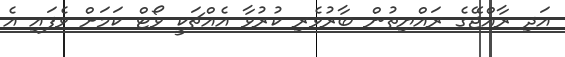
އަދި ރާއްޖޭގެ ރައްޔިތުން ބާރުވެރި ކުރުވާ އެއްޗަކީ ވޯޓް ކަމަށް ވެފައި އެ